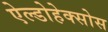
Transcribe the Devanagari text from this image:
ऐल्डोहेक्सोस